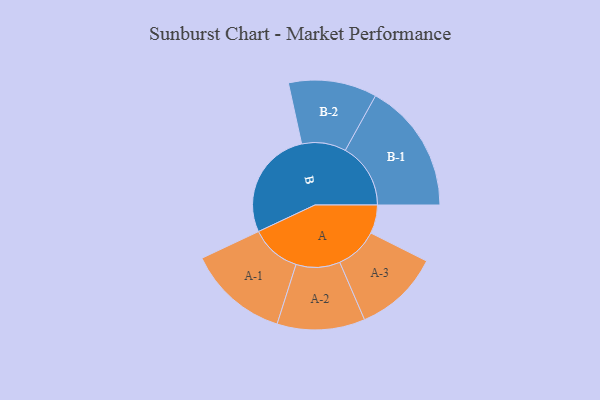
{"axis": {"x": "Segment", "y": "Value"}, "legend": ["", "A", "B"], "data": [{"x": "A", "y": 100, "type": ""}, {"x": "B", "y": 386, "type": ""}, {"x": "A-1", "y": 177, "type": "A"}, {"x": "A-2", "y": 154, "type": "A"}, {"x": "A-3", "y": 150, "type": "A"}, {"x": "B-1", "y": 229, "type": "B"}, {"x": "B-2", "y": 155, "type": "B"}]}